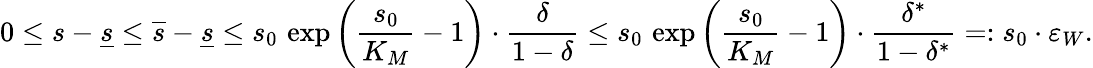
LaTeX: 0\leq s-\underline{{s}}\leq\overline{{s}}-\underline{{s}}\leq s_{0}\, \exp\left(\frac{s_{0}}{K_{M}}-1\right)\cdot\frac{\delta}{1-\delta}\leq s_{0}\, \exp\left(\frac{s_{0}}{K_{M}}-1\right)\cdot\frac{\delta^{*}}{1-\delta^{*}}=:s_{0}\cdot\varepsilon_{W}.